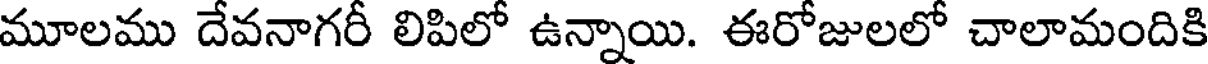
మూలము దేవనాగరీ లిపిలో ఉన్నాయి. ఈరోజులలో చాలామందికి